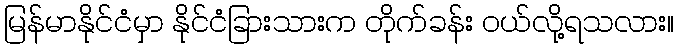
မြန်မာနိုင်ငံမှာ နိုင်ငံခြားသားက တိုက်ခန်း ဝယ်လို့ရသလား။